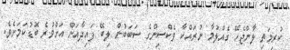
ކުރިމަތި ލާންޖެހޭ ގެއްލުމާ ނުރައްކާ ވެކްސިންގެ ސަބަބުން ލިބޭ ފައިދާއަށް އަށްވުރެ ބޮޑުކަމަށެވެ.